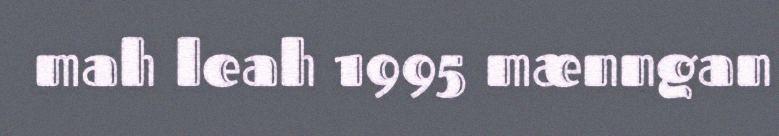
mah leah 1995 mænngan